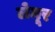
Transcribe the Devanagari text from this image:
लेमूर